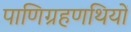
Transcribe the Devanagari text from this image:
पाणिग्रहणथियों